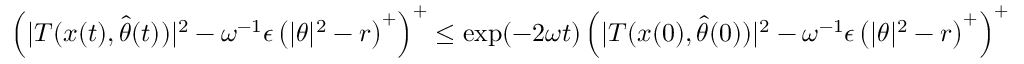
\begin{array} { r } { \left( \vert T ( x ( t ) , \hat { \theta } ( t ) ) \vert ^ { 2 } - \omega ^ { - 1 } \epsilon \left( \vert \theta \vert ^ { 2 } - r \right) ^ { + } \right) ^ { + } \leq \exp ( - 2 \omega t ) \left( \vert T ( x ( 0 ) , \hat { \theta } ( 0 ) ) \vert ^ { 2 } - \omega ^ { - 1 } \epsilon \left( \vert \theta \vert ^ { 2 } - r \right) ^ { + } \right) ^ { + } } \end{array}